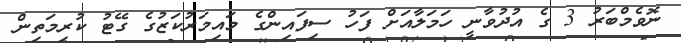
ނޮވެމްބަރު 3 ގެ އުދުވާނީ ހަމަލާއަށް ފަހު ސިފައިންގެ މައިމަރުކަޒުގެ ގޭޓު ކުރިމަތިން